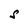
Character: S